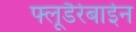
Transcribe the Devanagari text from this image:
फ्लूडैरेबाईन